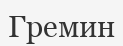
Гремин